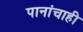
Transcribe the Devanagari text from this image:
पानांचाही